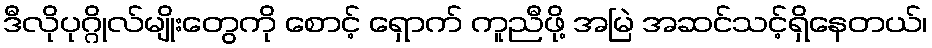
ဒီလိုပုဂ္ဂိုလ်မျိုးတွေကို စောင့် ရှောက် ကူညီဖို့ အမြဲ အဆင်သင့်ရှိနေတယ်၊